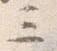
三